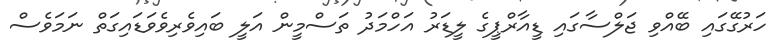
ހަރުގޭގައި ބޭއްވި ޖަލްސާގައި ޑީއާރްޕީގެ ލީޑަރު އަހްމަދު ތަސްމީން އަލީ ބައިވެރިވެވަޑައިގަތް ނަމަވެސް